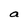
Character: a